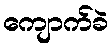
ကျောက်ခဲ